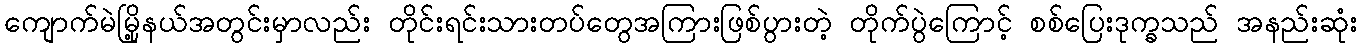
ကျောက်မဲမြို့နယ်အတွင်းမှာလည်း တိုင်းရင်းသားတပ်တွေအကြားဖြစ်ပွားတဲ့ တိုက်ပွဲကြောင့် စစ်ပြေးဒုက္ခသည် အနည်းဆုံး